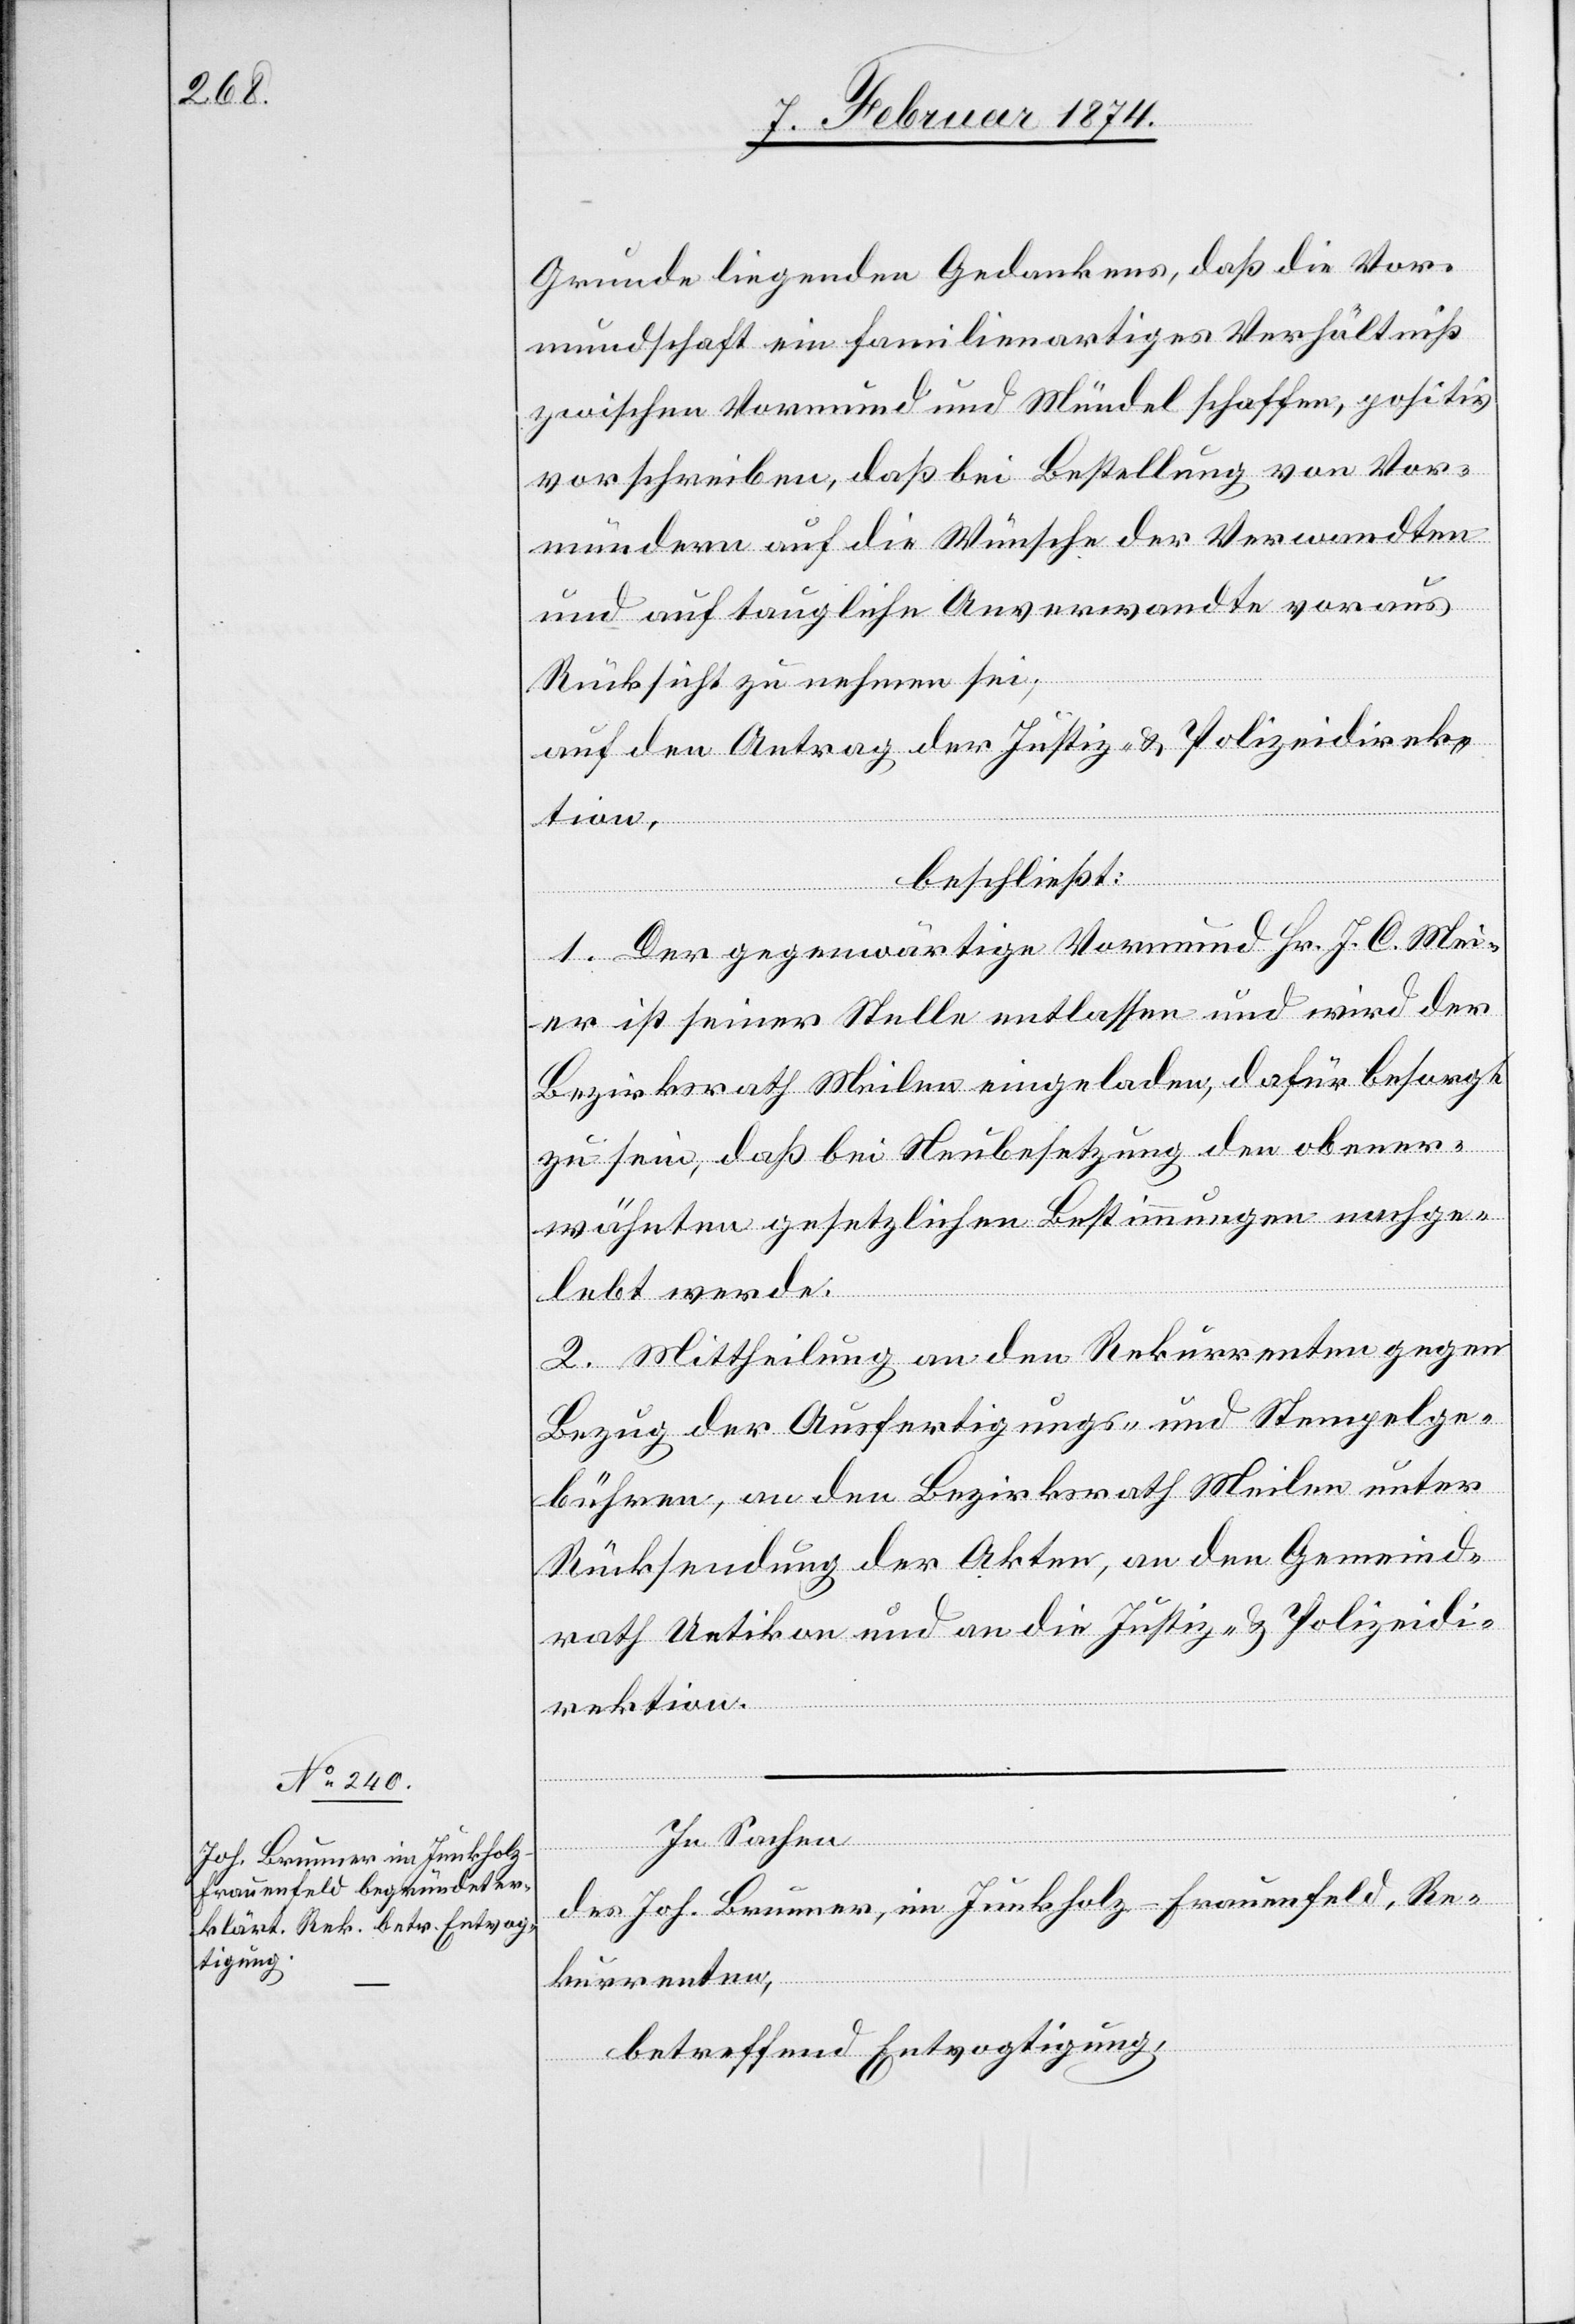
Grunde liegenden Gedankens, daß die Vor¬
mundschaft ein familienartiges Verhältniß
zwischen Vormund und Mündel schaffen, positiv
vorschreiben, daß bei Bestellung von Vor¬
mündern auf die Wünsche der Verwandten
und auf taugliche Anverwandte voraus
Rücksicht zu nehmen sei;
auf den Antrag der Justiz- & Polizeidirek¬
tion,
beschließt:
1. Der gegenwärtige Vormund Hr. J. C. Mei¬
er ist seiner Stelle entlassen und wird der
Bezirksrath Meilen eingeladen, dafür besorgt
zu sein, daß bei Neubesetzung den obener¬
wähnten gesetzlichen Bestimmungen nachge¬
lebt werde.
2. Mittheilung an den Rekurrenten gegen
Bezug der Ausfertigungs- und Stempelge¬
bühren, an den Bezirksrath Meilen unter
Rücksendung der Akten, an den Gemeind¬
rath Uetikon und an die Justiz- u. Polizeidi¬
rektion.
In Sachen
des Joh. Brunner, im Junkholz-Frauenfeld, Re¬
kurrenten,
betreffend Entvogtigung,